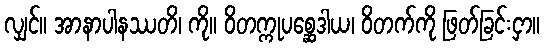
လျှင်။ အာနာပါနဿတိ၊ ကို။ ဝိတက္ကုပစ္ဆေဒါယ၊ ဝိတက်ကို ဖြတ်ခြင်းငှာ။